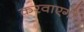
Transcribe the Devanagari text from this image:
करवाएगी